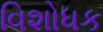
વિશોધક